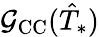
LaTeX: \mathcal G_{\mathrm{CC}}(\hat{T}_{*})